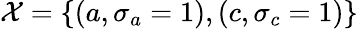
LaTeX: \mathcal{X}=\{ (a,\sigma_{a}=1),(c,\sigma_{c}=1)\}